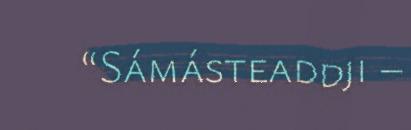
“Sámásteaddji –